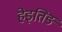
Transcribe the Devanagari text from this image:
हेइतिङ